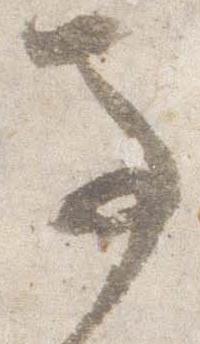
馬